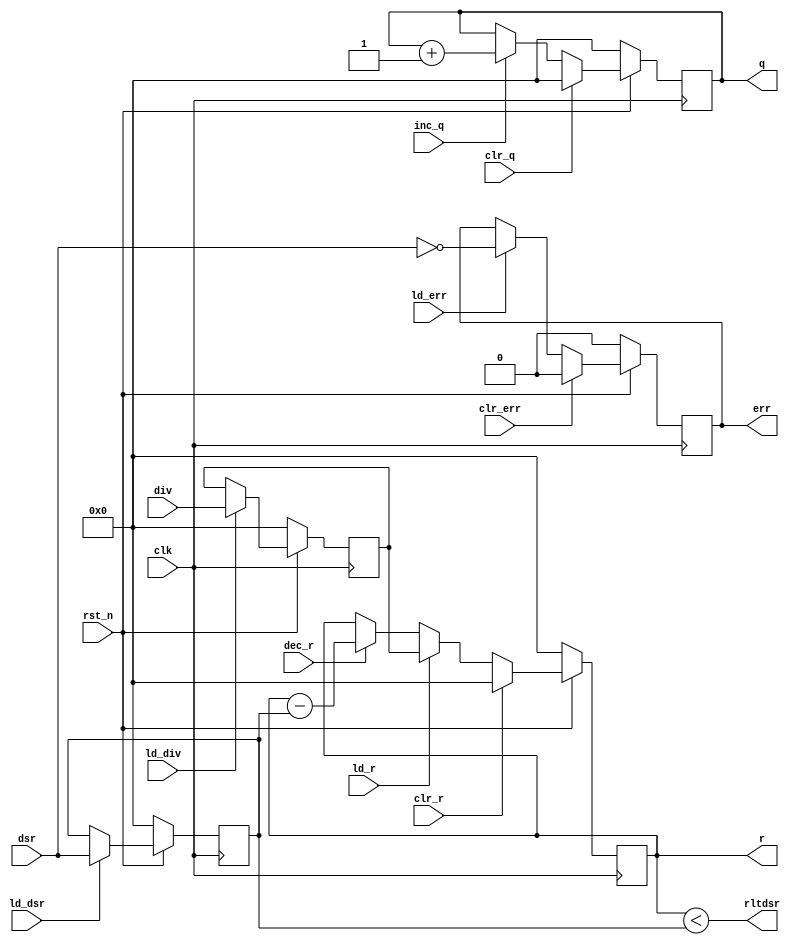
module datapath (
  input clk, rst_n,
  input [31:0] div, dsr,
  output reg [31:0] q, r,
  output reg err,

  input clr_q,
  input inc_q,
  input clr_r,
  input ld_r,
  input dec_r,
  input ld_div,
  input ld_dsr,
  input ld_err,
  input clr_err,
  output rltdsr
);

  reg [31:0] div_reg, dsr_reg;
  wire dsr_zero;

  // quotient
  always @( posedge clk )
    if( !rst_n )
      q <= 32'd0;
    else
      if( clr_q )
        q <= 32'd0;
      else
        if( inc_q )
          q <= q + 32'd1;
        else
          q <= q;

  // remainder
  always @( posedge clk )
    if( !rst_n )
      r <= 32'd0;
    else
      if( clr_r )
        r <= 32'd0;
      else
        if( ld_r )
          r <= div_reg;
        else
          if( dec_r )
            r <= r - dsr_reg;
          else
            r <= r;

  assign rltdsr = ( r < dsr_reg );

  // dividend
  always @( posedge clk )
    if( !rst_n )
      div_reg <= 32'd0;
    else
      if( ld_div )
        div_reg <= div;
      else
        div_reg <= div_reg;

  // divisor
  always @( posedge clk )
    if( !rst_n )
      dsr_reg <= 32'd0;
    else
      if( ld_dsr )
        dsr_reg <= dsr;
      else
        dsr_reg <= dsr_reg;

  // error register
  always @( posedge clk )
    if( !rst_n )
      err <= 0;
    else
      if( clr_err )
        err <= 0;
      else
        if( ld_err )
          err <= dsr_zero;
        else
          err <= err;

  assign dsr_zero = ( dsr == 32'd0 );

endmodule